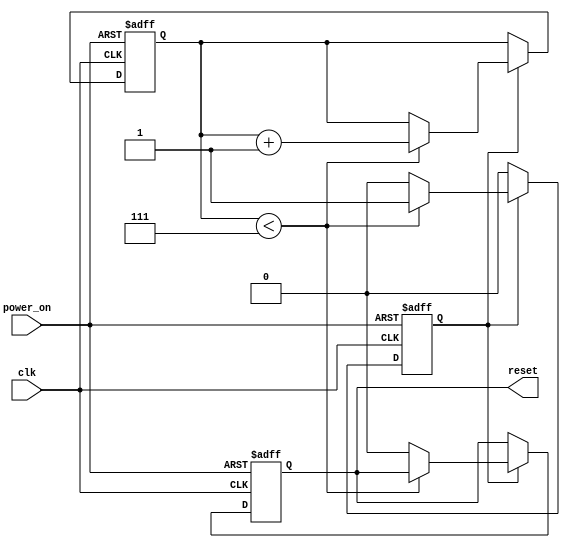
module power_on_reset (
    input wire clk,         // Clock signal
    input wire power_on,    // Power-on signal
    output reg reset        // Reset signal
);

// Parameter to define the duration of the reset in clock cycles
parameter RESET_DURATION = 8; // Adjust this value as needed
reg [3:0] counter;  // Counter to track the reset duration
reg reset_active;   // Flag to indicate if reset is active

// Asynchronous reset logic
always @(posedge power_on or posedge clk) begin
    if (power_on) begin
        // Start reset sequence
        reset_active <= 1'b1;
        counter <= 4'b0;  // Reset counter
        reset <= 1'b1;    // Assert reset
    end else if (reset_active) begin
        // Increment counter while reset is active
        if (counter < RESET_DURATION - 1) begin
            counter <= counter + 1;
        end else begin
            // Duration reached, de-assert reset
            reset_active <= 1'b0;
            reset <= 1'b0; // Deassert reset
        end
    end
end

endmodule